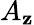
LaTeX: A_{\mathbf{z}}